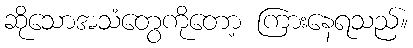
ဆိုသောအသံတွေကိုတော့ ကြားနေရသည်။